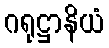
ဂရုဋ္ဌာနိယံ